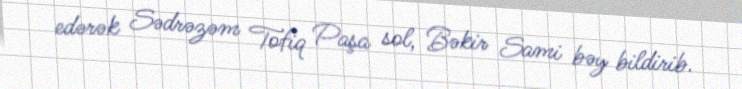
edərək Sədrəzəm Tofiq Paşa sol, Bəkir Sami bəy bildirib.